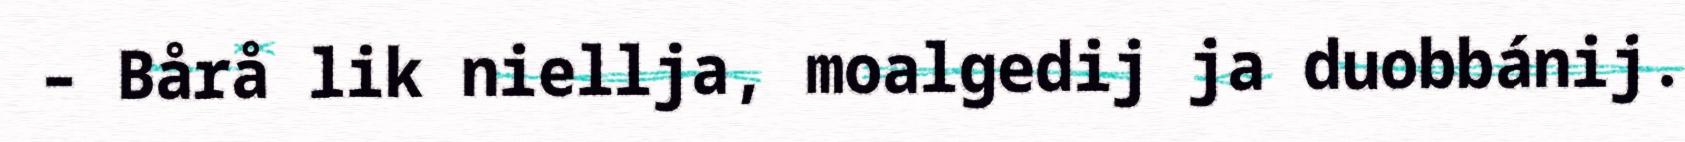
– Bårå lik niellja, moalgedij ja duobbánij.